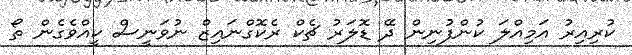
ކުރިއިރު އަމިއްލަ ކުންފުނިން ދޭ ޑޮލަރު ޗެކް ރެކޮގްނައިޒް ނުވަނީސް ކީއްވެގެން ތޯ